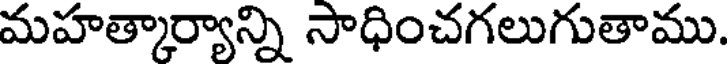
మహత్కార్యాన్ని సాధించగలుగుతాము.